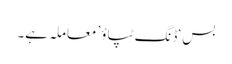
بس ‘ڈنگ ٹپاؤ’ معاملہ ہے۔